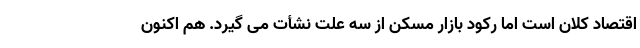
اقتصاد کلان است اما رکود بازار مسکن از سه علت نشأت می گیرد. هم اکنون